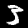
Label: 3